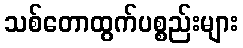
သစ်တောထွက်ပစ္စည်းများ